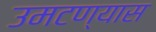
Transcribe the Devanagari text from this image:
उमटण्यास